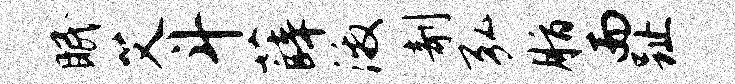
眠艾斗薛激剞弘脂而趾